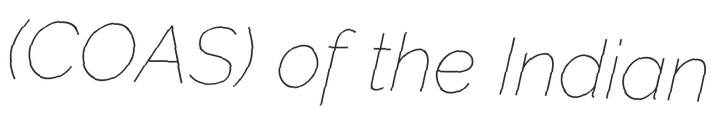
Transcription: (COAS) of the Indian